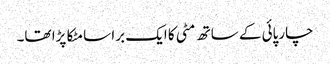
چارپائی کے ساتھ مٹی کا ایک برا سا مٹکا پڑا تھا۔